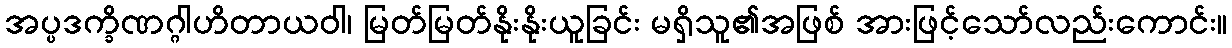
အပ္ပဒက္ခိဏဂ္ဂါဟိတာယဝါ၊ မြတ်မြတ်နိုးနိုးယူခြင်း မရှိသူ၏အဖြစ် အားဖြင့်သော်လည်းကောင်း။